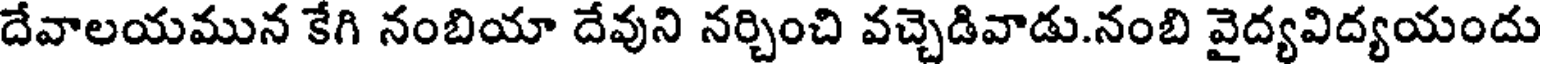
దేవాలయమున కేగి నంబియా దేవుని నర్చించి వచ్చెడివాడు.నంబి వైద్యవిద్యయందు